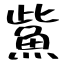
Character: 鮆